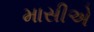
માસીએ